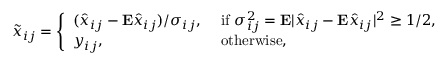
\begin{array} { r } { \tilde { x } _ { i j } = \left\{ \begin{array} { l l } { ( \hat { x } _ { i j } - { \bf E } \hat { x } _ { i j } ) / \sigma _ { i j } , } & { \mathrm { ~ i f ~ } \sigma _ { i j } ^ { 2 } = { \bf E } \vert \hat { x } _ { i j } - { \bf E } \hat { x } _ { i j } \vert ^ { 2 } \ge 1 / 2 , } \\ { y _ { i j } , } & { \mathrm { ~ o t h e r w i s e , } } \end{array} \right. } \end{array}